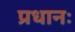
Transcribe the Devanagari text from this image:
प्रधानः